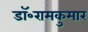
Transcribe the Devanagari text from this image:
डॉ॰रामकुमार